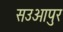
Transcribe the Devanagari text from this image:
सउआपुर